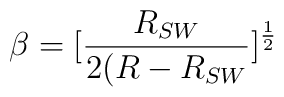
\beta=[\frac{R_{SW}}{2(R-R_{SW}}]^{\frac{1}{2}}